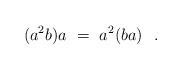
LaTeX: \begin{align*} (a^2 b) a \ = \ a^2 (ba) \ \ .\end{align*}